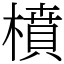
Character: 橨